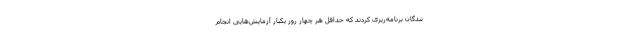
نندگان برنامه‌ریزی کردند که حداقل هر چهار روز یکبار آزمایش‌هایی انجام